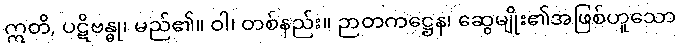
ဣတိ, ပဋိဗန္ဓု၊ မည်၏။ ဝါ၊ တစ်နည်း။ ဉာတကဋ္ဌေန၊ ဆွေမျိုး၏အဖြစ်ဟူသော